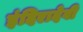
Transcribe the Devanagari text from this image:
इंदिरादेवी